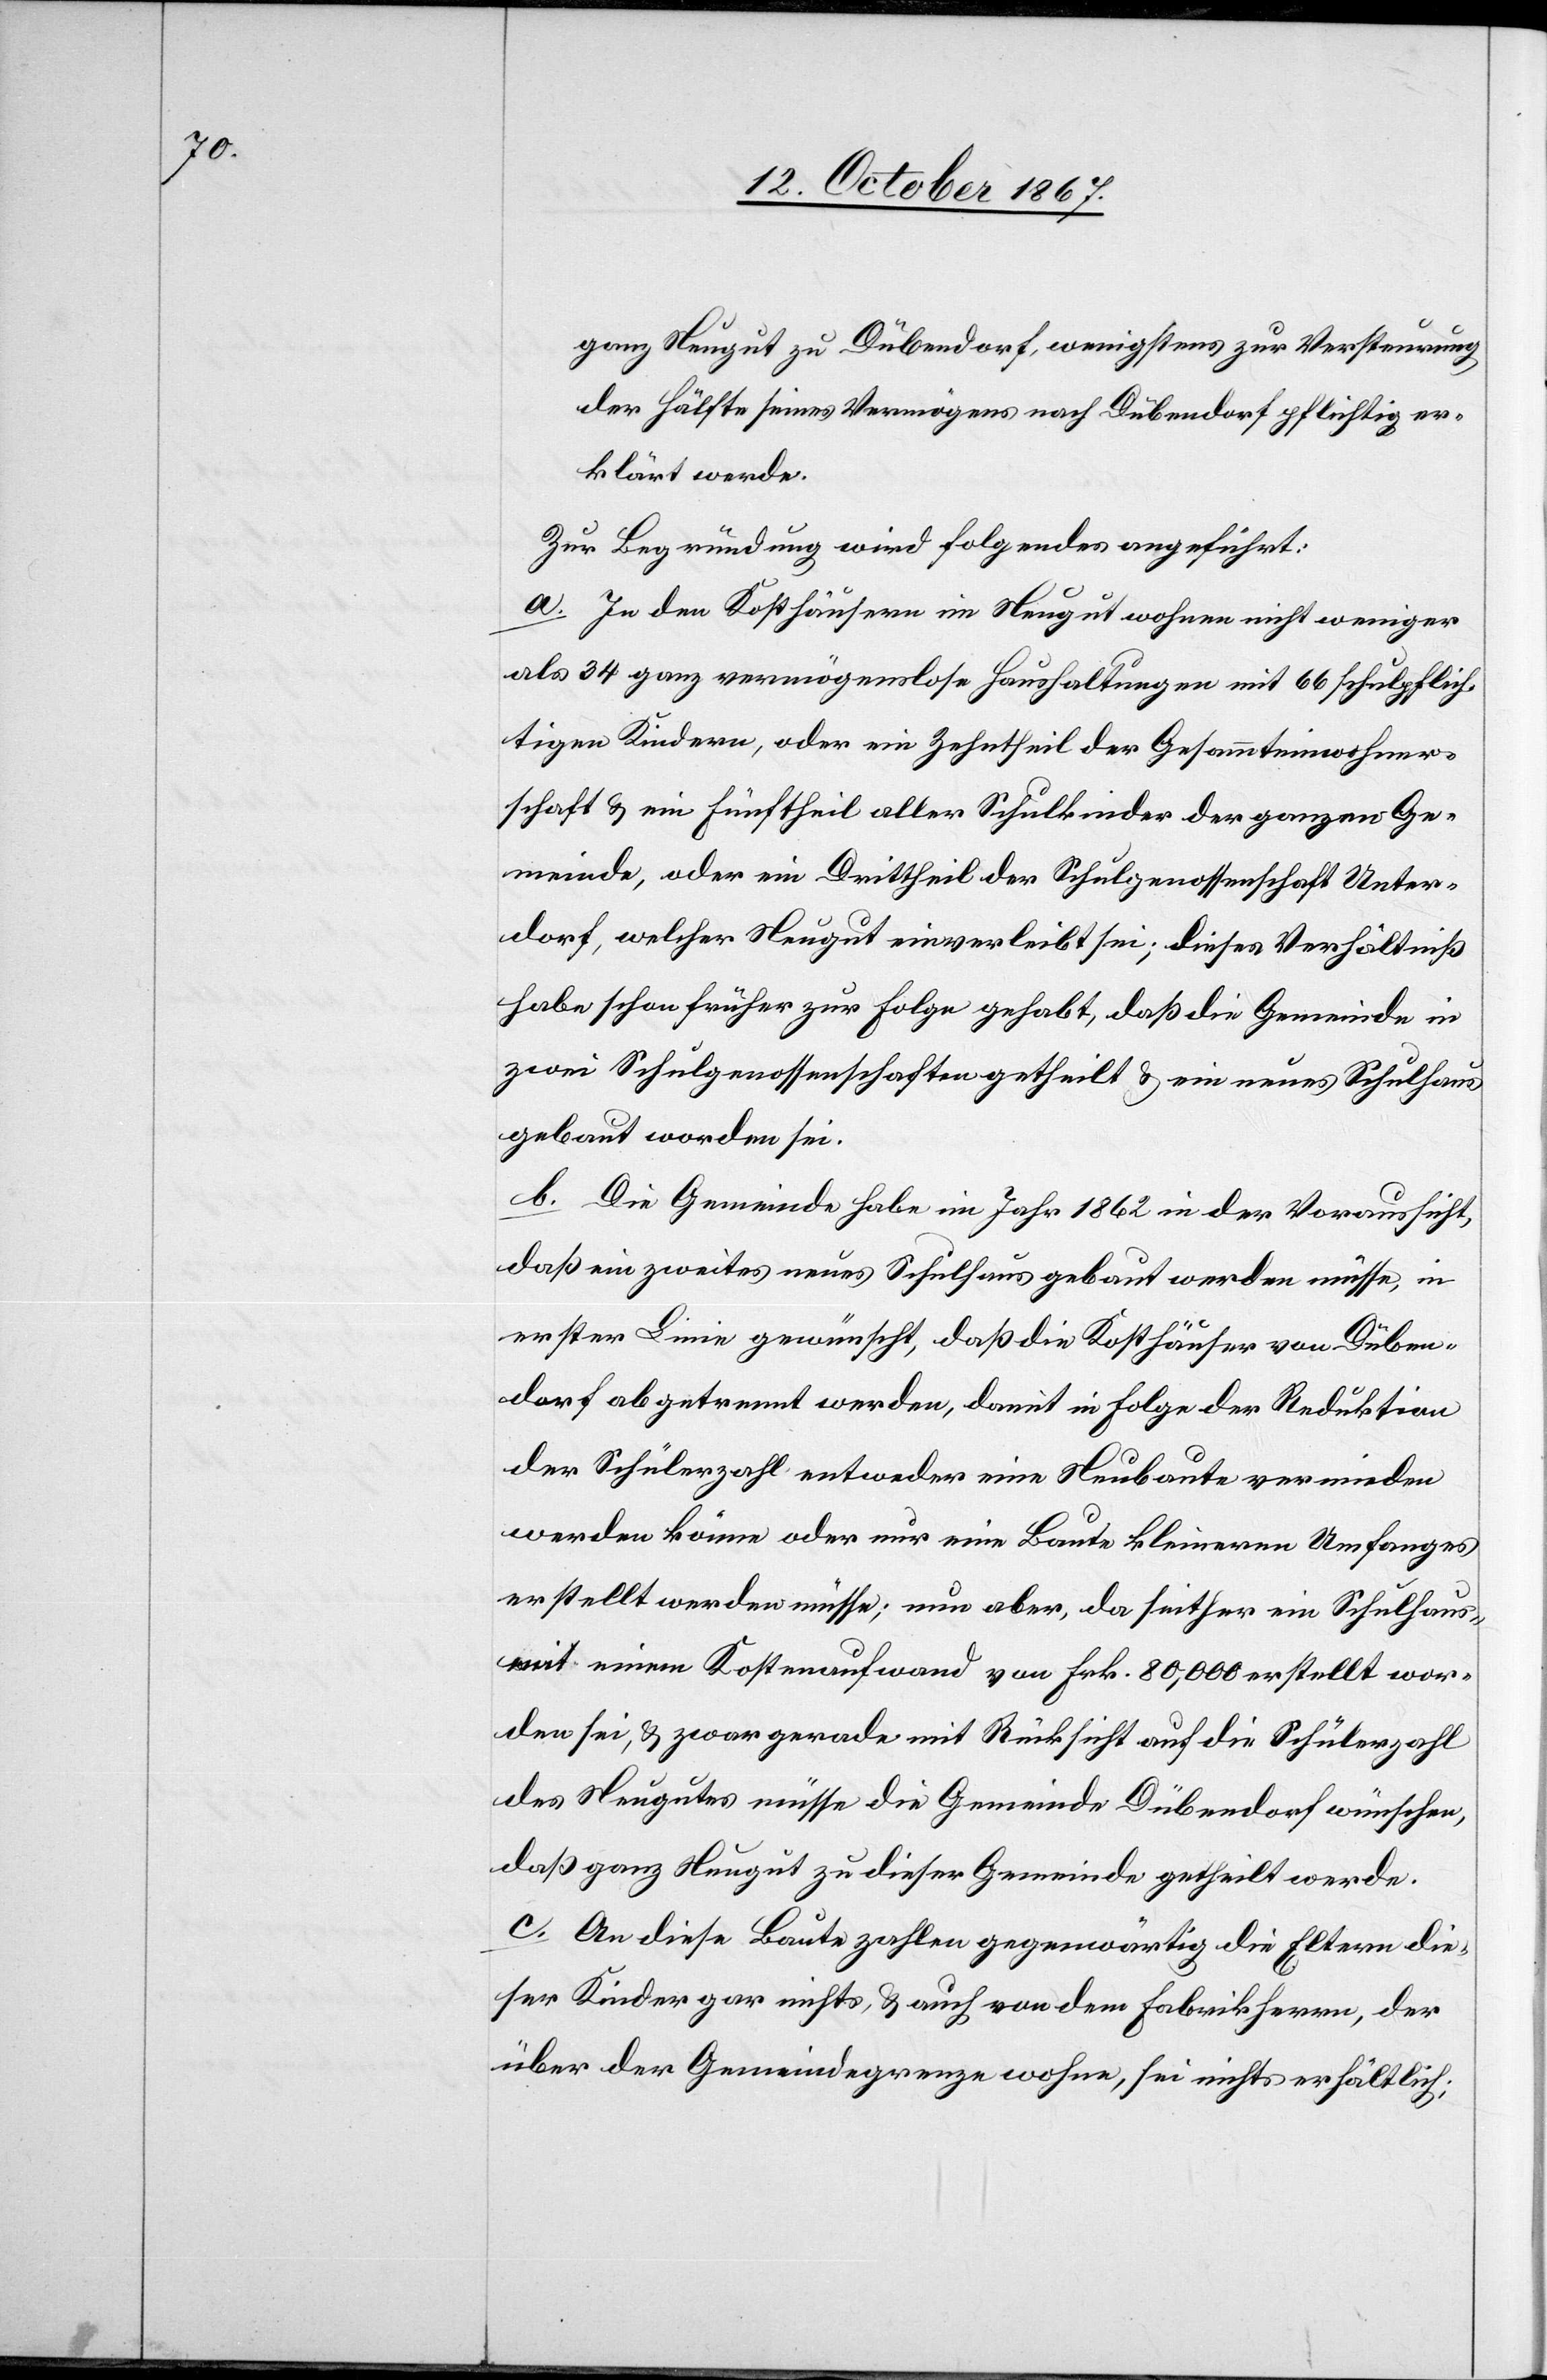
ganz Neugut zu Dübendorf, wenigstens zur Versteurung
der Hälfte seines Vermögens nach Dübendorf pflichtig er¬
klärt werde.
Zur Begründung wird Folgendes angeführt:
a. In den Kosthäusern im Neugut wohnen nicht weniger
als 34 ganz vermögenslose Haushaltungen mit 66 schulpflich¬
tigen Kindern, oder ein Zehntheil der Gesammteinwohner¬
schaft u. ein Fünftheil aller Schulkinder der ganzen Ge¬
meinde, oder ein Drittheil der Schulgenossenschaft Unter¬
dorf, welcher Neugut einverleibt sei; dieses Verhältniß
habe schon früher zur Folge gehabt, daß die Gemeinde in
zwei Schulgenossenschaften getheilt u. ein neues Schulhaus
gebaut worden sei.
b. Die Gemeinde habe im Jahr 1862 in der Voraussicht,
daß ein zweites neues Schulhaus gebaut werden müsse, in
erster Linie gewünscht, daß die Kosthäuser von Düben¬
dorf abgetrennt werden, damit in Folge der Reduktion
der Schülerzahl entweder eine Neubaute vermieden
werden könne oder nur eine Baute kleinern Umfanges
erstellt werden müsse; nun aber, da seither ein Schulhaus
mit einem Kostenaufwand von Frk. 80 000 erstellt wor¬
den sei, u. zwar gerade mit Rücksicht auf die Schülerzahl
des Neugutes müsse die Gemeinde Dübendorf wünschen,
daß ganz Neugut zu dieser Gemeinde getheilt werde.
c. An diese Baute zahlen gegenwärtig die Eltern die¬
ser Kinder gar nichts, u. auch von dem Fabrikherrn, der
über der Gemeindegrenze wohne, sei nichts erhältlich;